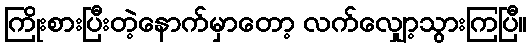
ကြိုးစားပြီးတဲ့နောက်မှာတော့ လက်လျှော့သွားကြပြီ။